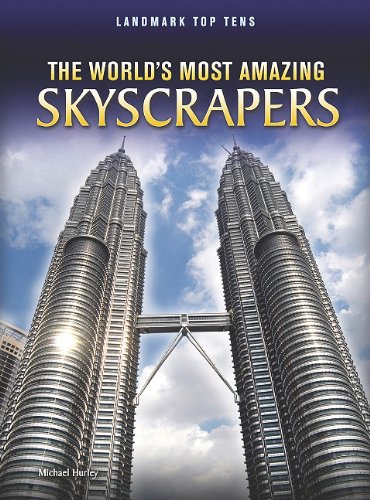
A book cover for The World's Most Amazing Skyscrapers (Landmark Top Tens); Michael Hurley; Children's Books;